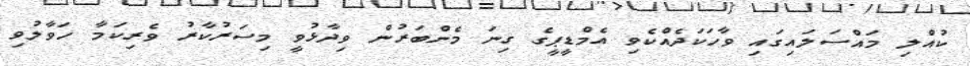
ކުއްލި މައްސަލައިގައި ވާހަކަދެއްކެވި އެމްޑީޕީގެ ގިނަ މެންބަރުން ވިދާޅުވީ މިސަރުކާރު ވެރިކަމާ ހަވާލުވި